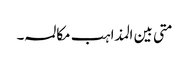
متی بین المذاہب مکالمہ ۔